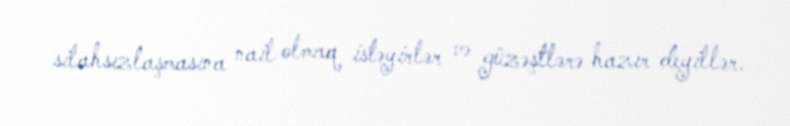
silahsızlaşmasına nail olmaq istəyirlər və güzəştlərə hazır deyillər.